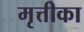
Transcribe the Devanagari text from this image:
मृत्तीका